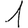
Digit: 1